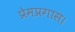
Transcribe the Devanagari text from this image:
प्रेमप्रगास।